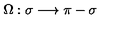
\Omega : \sigma \longrightarrow \pi - \sigma